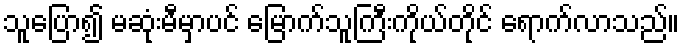
သူပြော၍ မဆုံးမီမှာပင် မြောက်သူကြီးကိုယ်တိုင် ရောက်လာသည်။